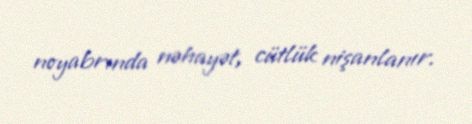
noyabrında nəhayət, cütlük nişanlanır.